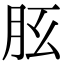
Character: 𦙘